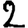
Digit: 2